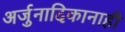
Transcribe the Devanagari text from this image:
अर्जुनादिकानाही